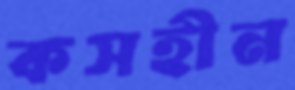
কসহীন